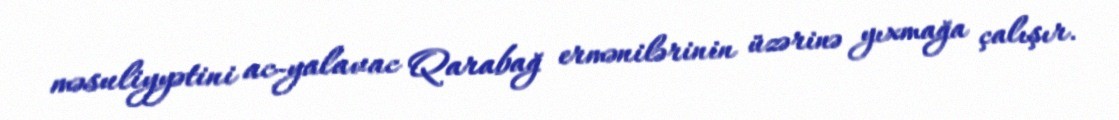
məsuliyyətini ac-yalavac Qarabağ ermənilərinin üzərinə yıxmağa çalışır.